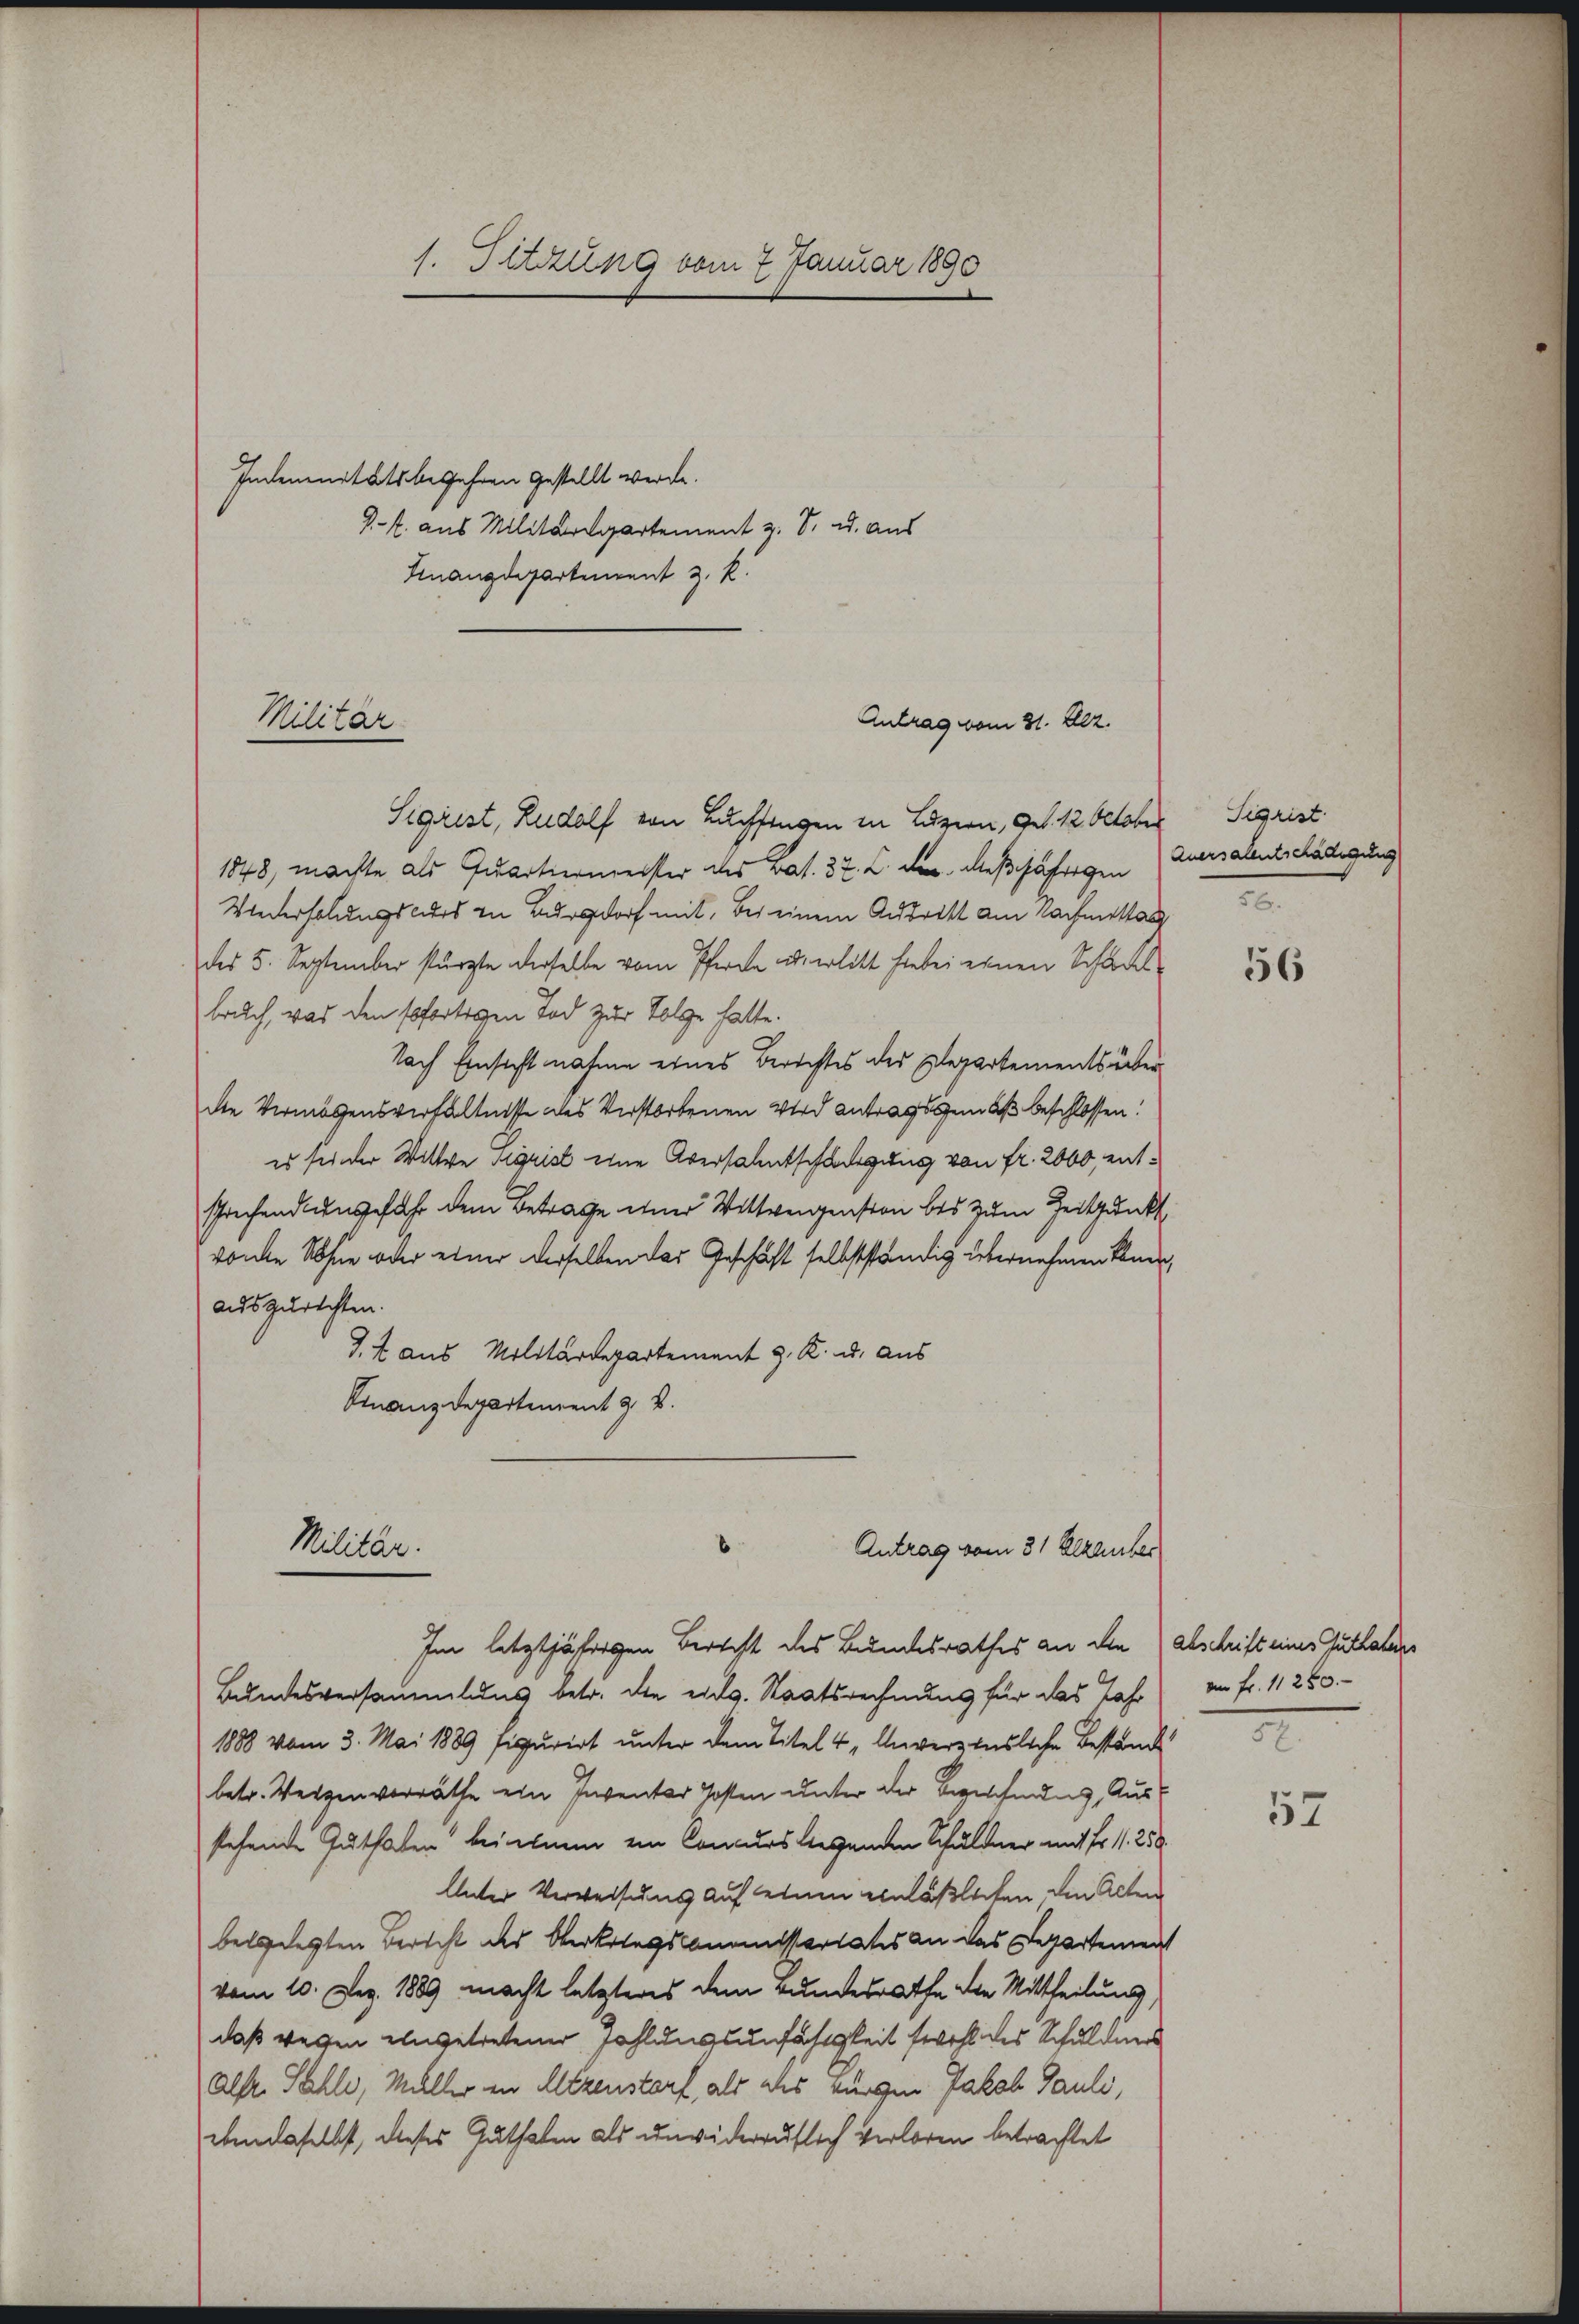
Indemanitätsbegehren gestellt werde.
.f. aus Militärspartement z. B. u. aus
Finanzdepartement z. R.
Antrag vom 31. Dez.
Sigrist, Rudolf von Buchstagen in Luzern, Ges. 12 October
1848, machte als Quartiermeister des Bat. 37. C. der dießjährigen
Wiederholungskurs zu Burgdorf mit, bei einem Austritt am Nachmittag
des 5. September stürzte derselbe vom Pferde u. erlitt hiebei einen Schädl
bruch, was den sofortigen Tod zur Folge hatte.
Nach Einsicht nahme eines Berichtes der Departements über
die Vermögensverhältnisse des Verstorbenen wird antragsgemäß beschlossen:
es sie der Wittwe Sigrist eine Aversalentschädigung von fr. 2000, entsprechend angefahr dem Betrage einer Wittweigension bis zum Zeitpunkt
vonte Sohne oder einer derselben das Geschäft selbstständig übernehmen kann,
auszurichten.
I. 2 aus Militärdepartement J. K. u. aus
Finanzdepartement z. B.
Militär.
Antrag vom 31 Bezauber
Im letztjährigen Bericht des Bundesrathes an die
Bundesversammlung betr. die eidg. Staatsrechnung für das Jahr
1888 vom 3. Mai 1889 Figurirt unter dem Titel 4, Anverzinsliche Beständ
betr. Weigen verräthe ein Inventar Posten unter der Bezeichnung, Aus
sehende Guthaben bei einem ein Concurs liegenden Schuldner mit Fr. 11. 258.
Unter Verweisung auf einen einläßlichen, den Alten
belgelegten Bericht des Oberkriegscommissariates an das Departement
vom 10. Dez. 1889 macht letzteres dem Bundesrathe die Mittheilung,
daß wegen eingetretener Zahlungsunfähigkeit wohl des Schuldners
alser Sahli, Müller in Altzenstorf, als als Bürgen Jakob Pauli,
ebendaselbst, dieses Guthaten als unwiderruflich verloren betrachtet

1. Setzung vom 7. Januar 1890

Militär

Sigrist
Quersalentschädigung

e
56

abschrift eines Guthaters
amn Fr. 11280.

57